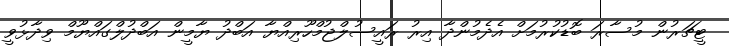
ޓީޗަރުން މުސާރަ ބޮޑުކުރުމަށް އެދެމުންދާ އިރު ރައީސުލްޖުމްހޫރިއްޔާ އަބްދު ޔާމީން އަބްދުލްގައްޔޫމް ވިދާޅުވީ